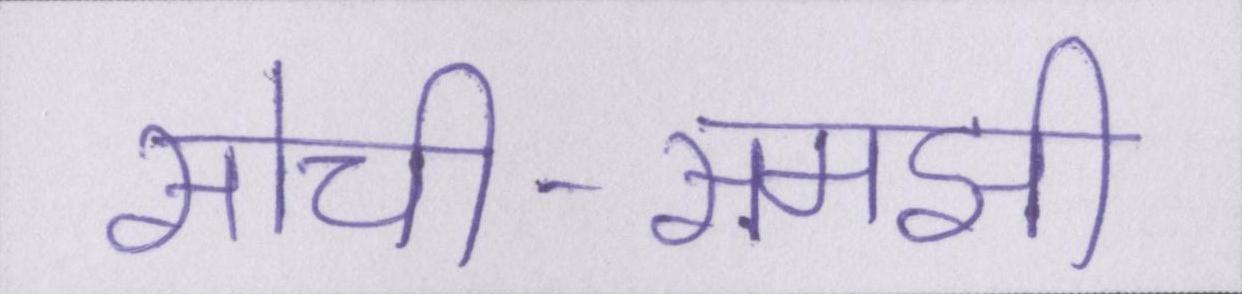
सोची-समझी